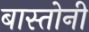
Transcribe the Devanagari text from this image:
बास्तोनी